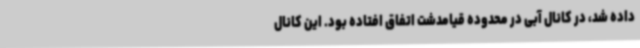
داده شد، در کانال آبی در محدوده قیامدشت اتفاق افتاده بود. این کانال